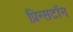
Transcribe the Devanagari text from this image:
प्रिन्सटॉन